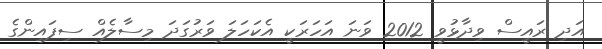
އަދި ރައީސް ވިދާޅުވީ 2012 ވަނަ އަހަރަކީ އެކަހަލަ ވަރުގަދަ މިސާލެއް ސިފައިންގެ